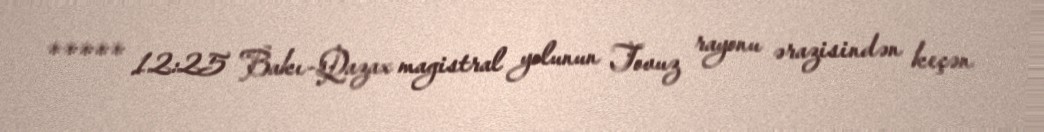
***** 12:25 Bakı-Qazax magistral yolunun Tovuz rayonu ərazisindən keçən